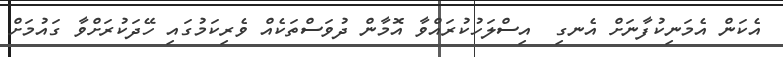
އެކަން އެމަނިކުފާނަށް އެނގި  އިސްލަހުކުރައްވާ އޮމާން ދުވަސްތަކެއް ވެރިކަމުގައި ހޭދަކުރަށްވާ ގައުމަށް